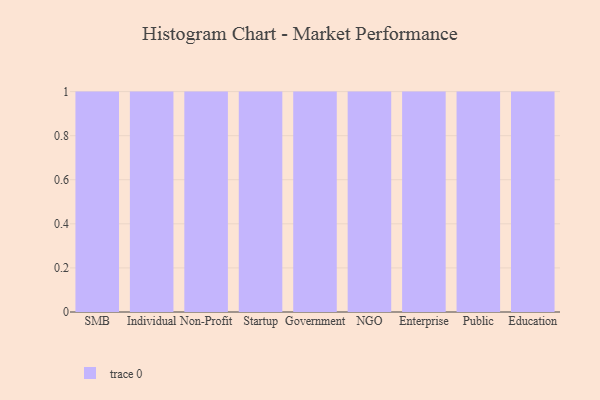
{"axis": {"x": "Segment", "y": "Bounce Rate (%)"}, "legend": [""], "data": [{"x": "SMB", "y": 16, "type": ""}, {"x": "Individual", "y": 100, "type": ""}, {"x": "Non-Profit", "y": 83, "type": ""}, {"x": "Startup", "y": 31, "type": ""}, {"x": "Government", "y": 60, "type": ""}, {"x": "NGO", "y": 89, "type": ""}, {"x": "Enterprise", "y": 25, "type": ""}, {"x": "Public", "y": 32, "type": ""}, {"x": "Education", "y": 75, "type": ""}]}